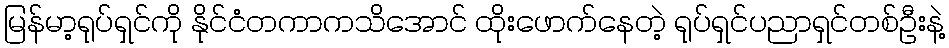
မြန်မာ့ရုပ်ရှင်ကို နိုင်ငံတကာကသိအောင် ထိုးဖောက်နေတဲ့ ရုပ်ရှင်ပညာရှင်တစ်ဦးနဲ့